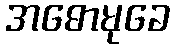
အဓောမုခေ